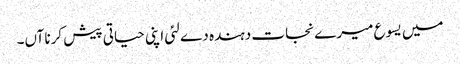
میں یسوع میرے نجات دہندہ دے لئی اپنی حیاتی پیش کرنا آں۔